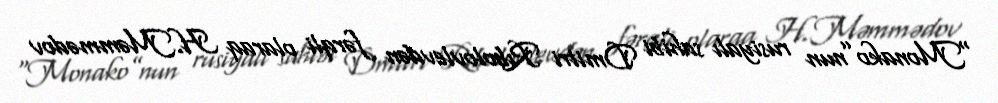
“Monako”nun rusiyalı sahibi Dmitri Rıbolovlevdən fərqli olaraq H.Məmmədov